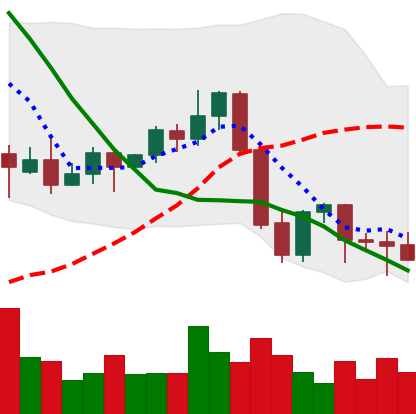
Ticker: EOS-USD
Chart end date: 2021-09-27
Forward return: 12.952%
Label: up_7plus